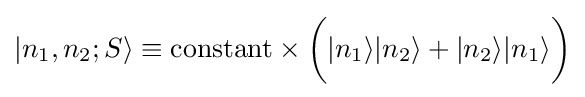
|n_{1},n_{2};S\rangle \equiv {\mbox{constant}}\times {\bigg (}|n_{1}\rangle |n_{2}\rangle +|n_{2}\rangle |n_{1}\rangle {\bigg )}